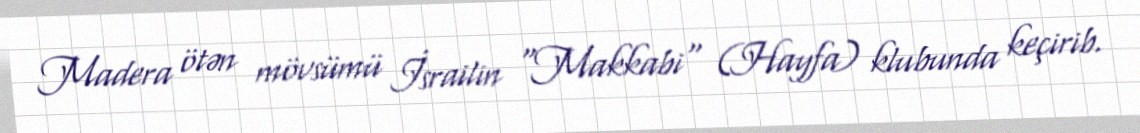
Madera ötən mövsümü İsrailin "Makkabi" (Hayfa) klubunda keçirib.